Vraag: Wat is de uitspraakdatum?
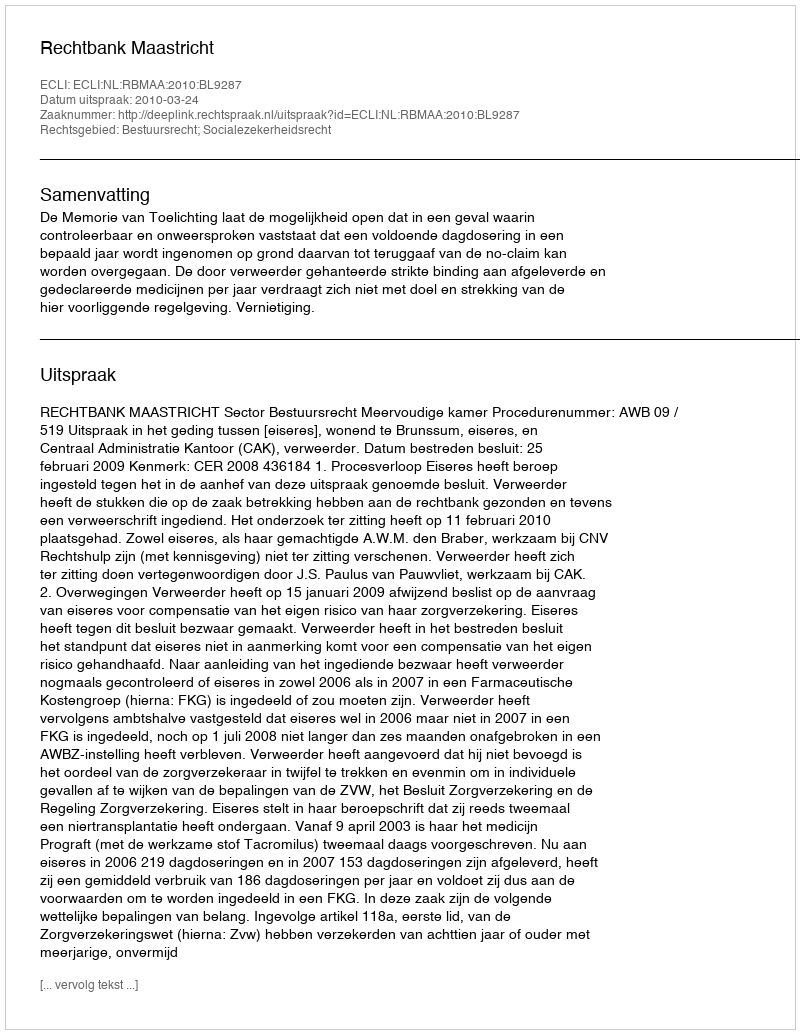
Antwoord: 2010-03-24